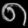
Digit: ၈